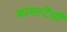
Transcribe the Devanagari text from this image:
कांसल्टेंसी